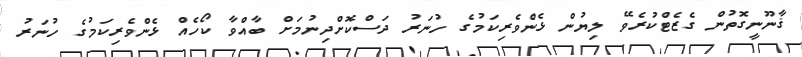
ޤާނޫނީގޮތުން ގެޒެޓްކުރެވޭ ލިޔުން ޅެންވެރިކަމުގެ ހުނަރު ދަސްކޮށްދިނުމަށް ބާއްވާ ކޯހެއް ޅެންވެރިކަމުގެ ހުނަރު